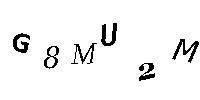
G8MU2M